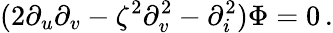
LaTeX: (2\partial_{u}\partial_{v}-\zeta^{2}\partial_{v}^{2}-\partial_{i}^{2})\Phi=0\, .